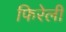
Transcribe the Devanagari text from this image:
फिरेली